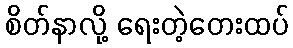
စိတ်နာလို့ ရေးတဲ့တေးထပ်